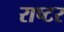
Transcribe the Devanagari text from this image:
राष्टर